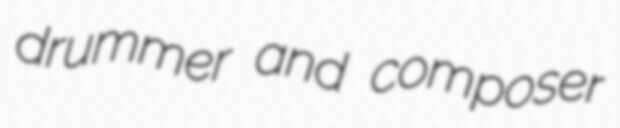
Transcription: drummer and composer